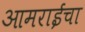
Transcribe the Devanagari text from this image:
आमराईचा